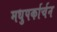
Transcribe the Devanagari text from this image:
मधुपर्कार्चन